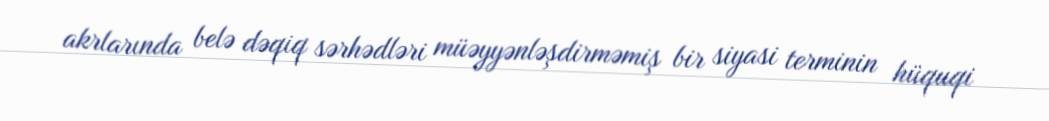
akrlarında belə dəqiq sərhədləri müəyyənləşdirməmiş bir siyasi terminin hüquqi